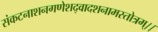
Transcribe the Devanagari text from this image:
संकटनाशनगणेशद्वादशनामस्तोत्रम्।।